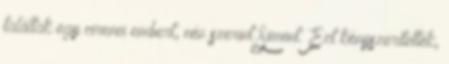
találtak egy cirenei embert, név szerint Simont. Ezt kényszerítették,